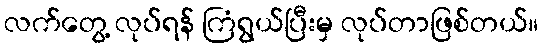
လက်တွေ့ လုပ်ရန် ကြံရွယ်ပြီးမှ လုပ်တာဖြစ်တယ်။